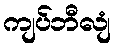
ကျပ်ဘီလျံ